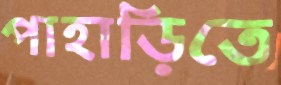
পাহাড়িতে